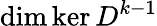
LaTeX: \mathrm{dim}\ker D^{k-1}